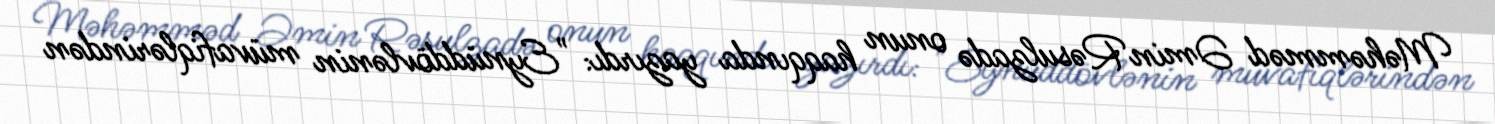
Məhəmməd Əmin Rəsulzadə onun haqqında yazırdı: "Eynüddövlənin müvafiqlərindən